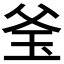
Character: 𤤎